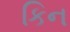
કિન